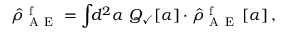
\hat { \rho } _ { \mathrm { ~ A ~ E ~ } } ^ { \mathrm { ~ f ~ } } = \int \! \! d ^ { 2 } \alpha \, \, Q _ { \checkmark } [ \alpha ] \cdot \hat { \rho } _ { \mathrm { ~ A ~ E ~ } } ^ { \mathrm { ~ f ~ } } \left[ \alpha \right] ,